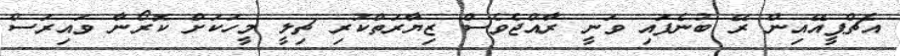
އެޗްޕީއޭއިން ރޭ ބުނެފައި ވަނީ ރާއްޖެވެސް ޒިޔާރަތްކުރި ޗިލީ މީހަކަށް ކޮރޯނާ ވައިރަސް